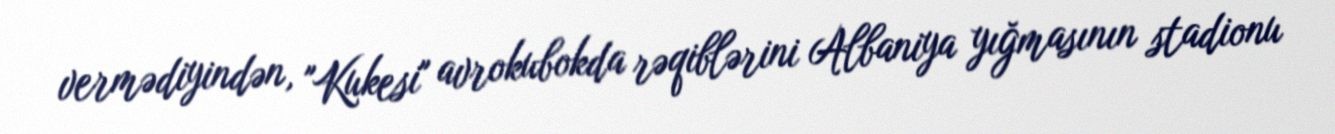
vermədiyindən, "Kukesi" avrokubokda rəqiblərini Albaniya yığmasının stadionu